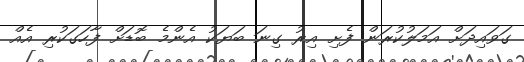
ގަވައިދަށް އަމަލުކުރަން ފެށި އިރު ގިނަ ބަޔަކު އެންމެ ބޮޑަށް ފާހަގަކުރި އެއް